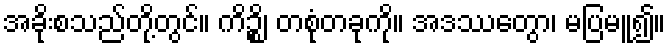
အခိုးစသည်တို့တွင်။ ကိဉ္စိ၊ တစုံတခုကို။ အဒဿေတွာ၊ မပြမူ၍။